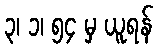
၃၊ ၁၊ ၅၄ မှ ယူရန်